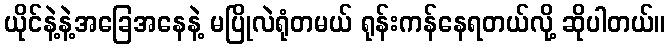
ယိုင်နဲ့နဲ့အခြေအနေနဲ့ မပြိုလဲရုံတမယ် ရုန်းကန်နေရတယ်လို့ ဆိုပါတယ်။